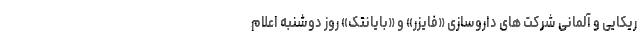
ریکایی و آلمانی شرکت های داروسازی «فایزر» و «بایانتک» روز دوشنبه اعلام